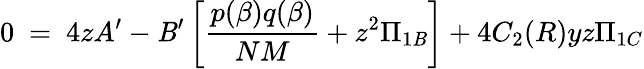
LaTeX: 0~=~4zA^{\prime}-\mathit{B}^{\prime}\left[\frac{{p(\beta)q(\beta)}}{{NM}}+z^{2}\Pi_{1\mathit{B}}\right]+4C_{2}(R)yz\Pi_{1C}